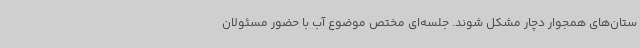
ستان‌های همجوار دچار مشکل شوند. جلسه‌ای مختص موضوع آب با حضور مسئولان